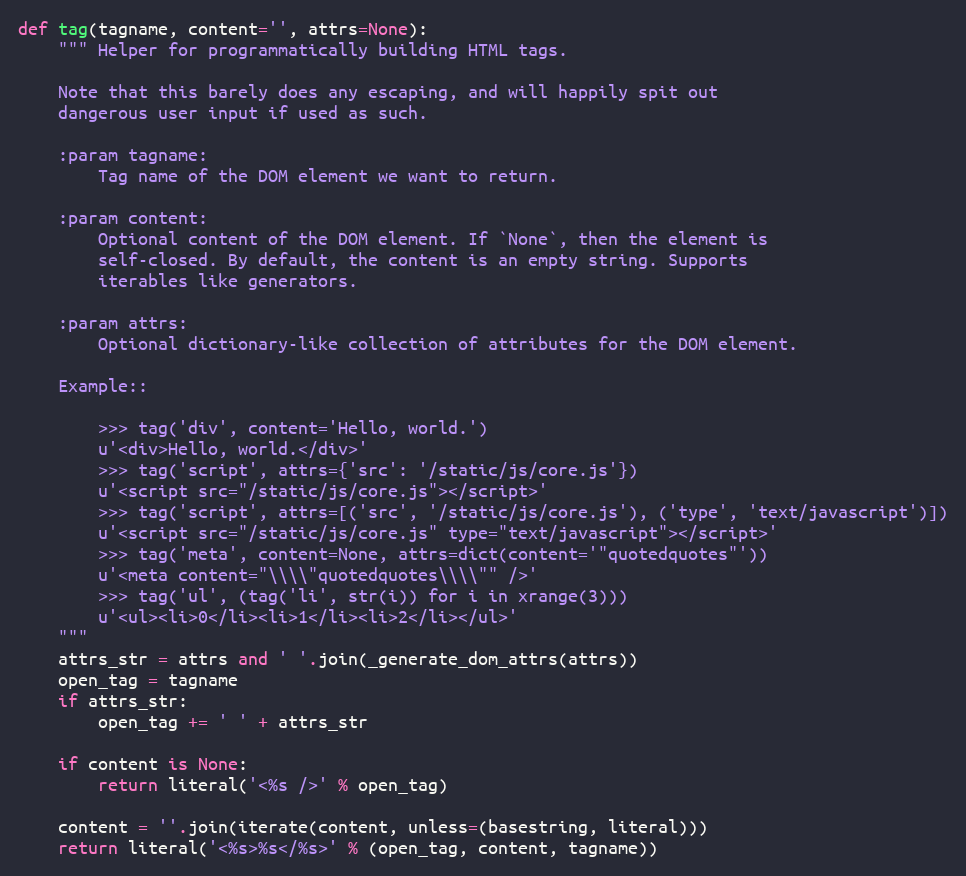
Language: Python
def tag(tagname, content='', attrs=None):
    """ Helper for programmatically building HTML tags.

    Note that this barely does any escaping, and will happily spit out
    dangerous user input if used as such.

    :param tagname:
        Tag name of the DOM element we want to return.

    :param content:
        Optional content of the DOM element. If `None`, then the element is
        self-closed. By default, the content is an empty string. Supports
        iterables like generators.

    :param attrs:
        Optional dictionary-like collection of attributes for the DOM element.

    Example::

        >>> tag('div', content='Hello, world.')
        u'<div>Hello, world.</div>'
        >>> tag('script', attrs={'src': '/static/js/core.js'})
        u'<script src="/static/js/core.js"></script>'
        >>> tag('script', attrs=[('src', '/static/js/core.js'), ('type', 'text/javascript')])
        u'<script src="/static/js/core.js" type="text/javascript"></script>'
        >>> tag('meta', content=None, attrs=dict(content='"quotedquotes"'))
        u'<meta content="\\\\"quotedquotes\\\\"" />'
        >>> tag('ul', (tag('li', str(i)) for i in xrange(3)))
        u'<ul><li>0</li><li>1</li><li>2</li></ul>'
    """
    attrs_str = attrs and ' '.join(_generate_dom_attrs(attrs))
    open_tag = tagname
    if attrs_str:
        open_tag += ' ' + attrs_str

    if content is None:
        return literal('<%s />' % open_tag)

    content = ''.join(iterate(content, unless=(basestring, literal)))
    return literal('<%s>%s</%s>' % (open_tag, content, tagname))